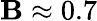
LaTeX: \mathbf{B}\approx0.7